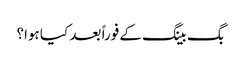
بگ بینگ کے فوراً بعد کیا ہوا؟